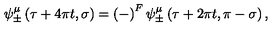
\psi _ { \pm } ^ { \mu } \left( \tau + 4 \pi t , \sigma \right) = \left( - \right) ^ { F } \psi _ { \pm } ^ { \mu } \left( \tau + 2 \pi t , \pi - \sigma \right) ,